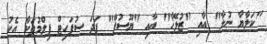
"ކަލާޔާ ނުލާ" އާއި "ޒުލޭޚާ" އާއި "ޔޫސުފް" ފަދަ ސުޕަހިޓް ފިލްމުތަކާ އެކު